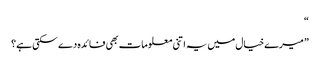
“
” میرے خیال میں یہ اتنی معلومات بھی فائدہ دے سکتی ہے؟